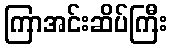
ကြာအင်းဆိပ်ကြီး